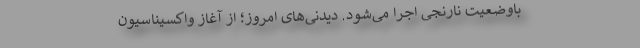
باوضعیت نارنجی اجرا می‌شود. دیدنی‌های امروز؛ از آغاز واکسیناسیون